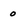
Character: o